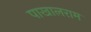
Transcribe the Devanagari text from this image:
पाखालराम